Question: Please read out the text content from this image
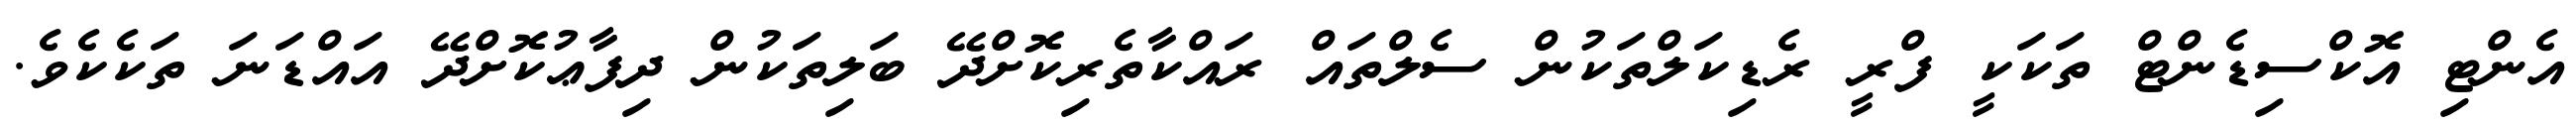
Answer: އެންޓި އޮކްސިޑެންޓް ތަކަކީ ފްރީ ރެޑިކަލްތަކުން ސެލްތައް ރައްކާތެރިކޮށްދޭ ބަލިތަކުން ދިފާޢުކޮށްދޭ އައްޑަނަ ތަކެކެވެ.